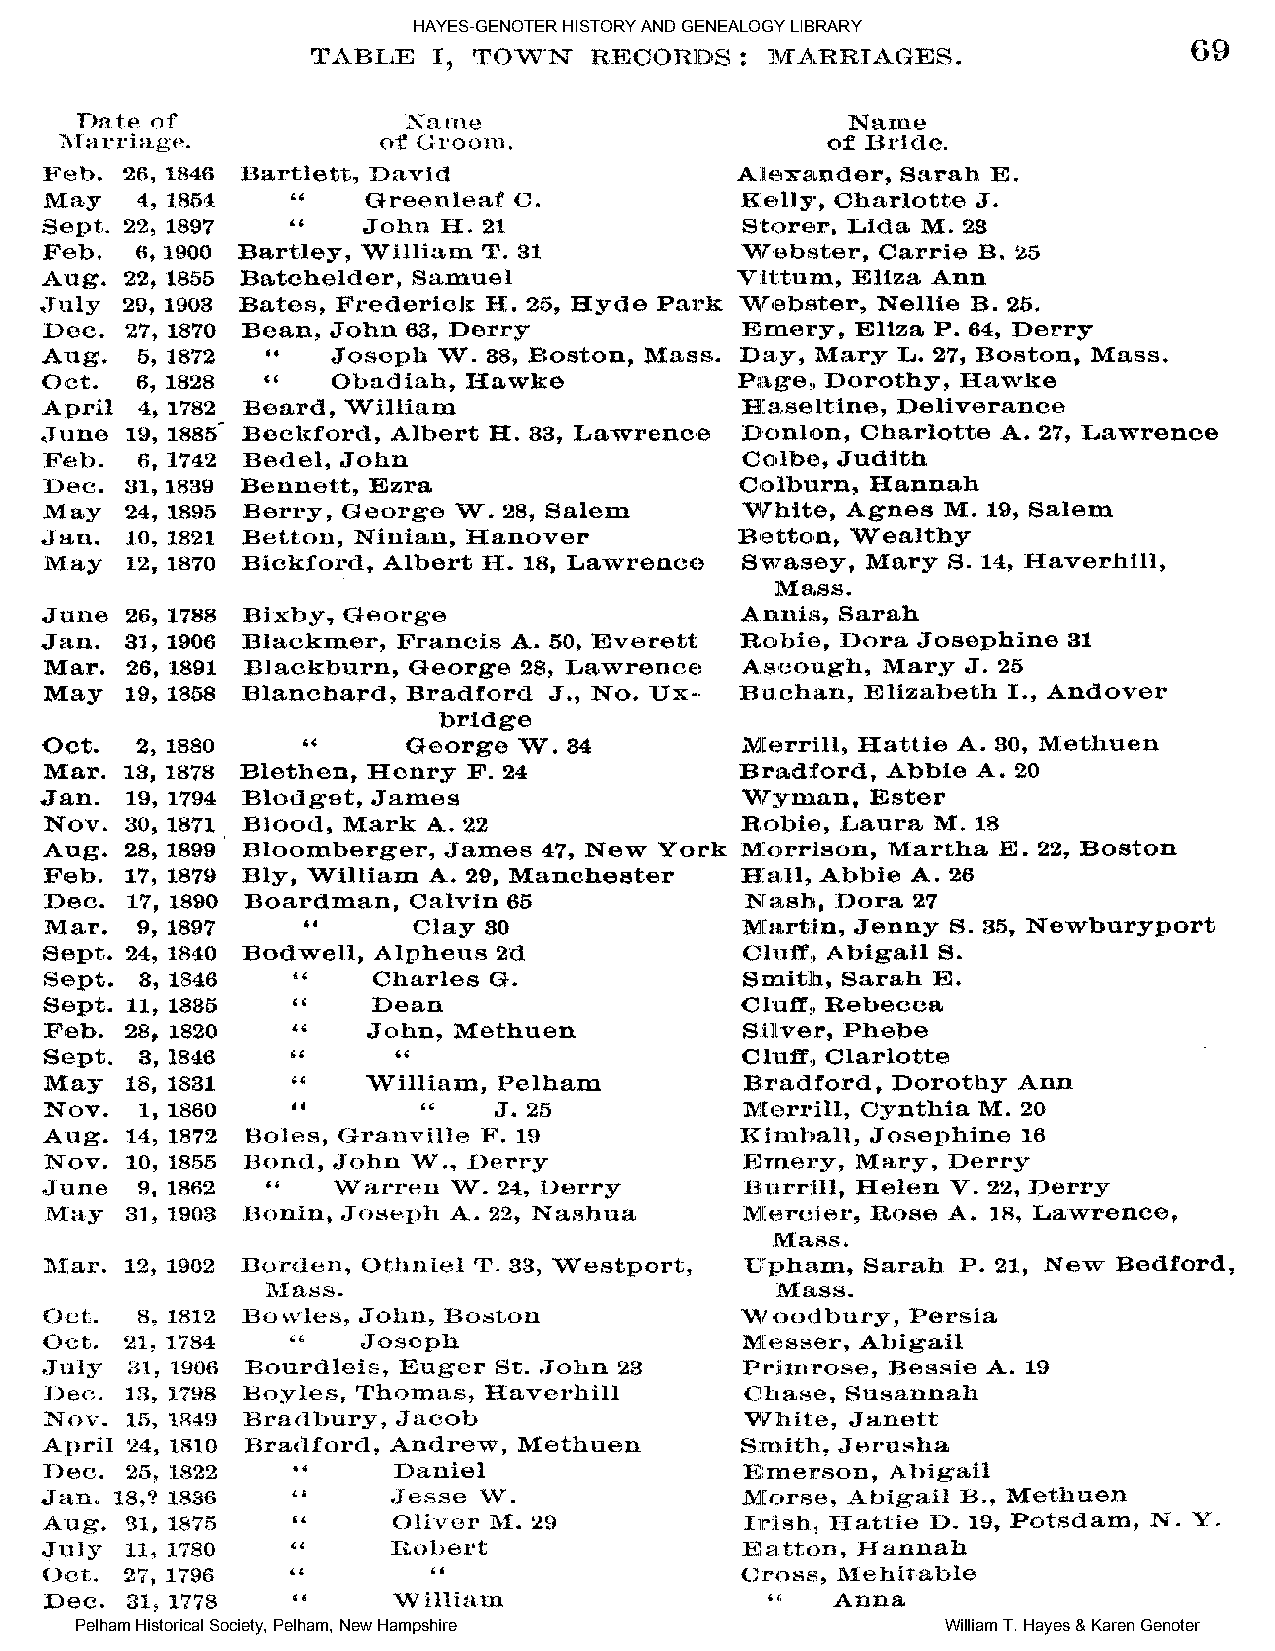
HAYES-GENOTER HISTORY AND GENEALOGY LIBRARY
 Pelham Historical Society, Pelham, New Hampshire          William T. Hayes & Karen Genoter